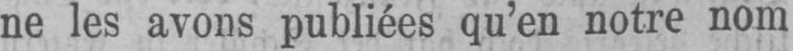
ne les avons publiées qu’en notre nom